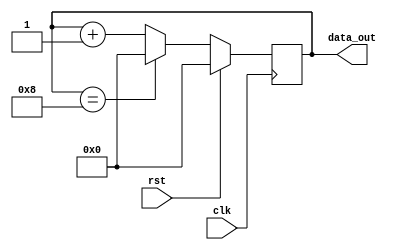
`timescale 1ns / 1ps
//////////////////////////////////////////////////////////////////////////////////
// Company: 
// Engineer: 
// 
// Design Name: 
// Module Name: counter
// Project Name: 
// Target Devices: 
// Tool Versions: 
// Description: 
// 
// Dependencies: 
// 
// Revision:
// Revision 0.01 - File Created
// Additional Comments:
// 
//////////////////////////////////////////////////////////////////////////////////


module counter(clk,rst,data_out);
parameter N = 9;
parameter DWIDTH = 4;
input clk;
input rst;
output reg [DWIDTH-1:0] data_out;
always@ (posedge clk)
begin
    if(rst)begin
        data_out <= 1'b0;
        end
        else if (data_out == (N-1))begin
        data_out <= 1'b0;
        end
        else begin
            data_out <= data_out + 1'b1;
    end
end

endmodule